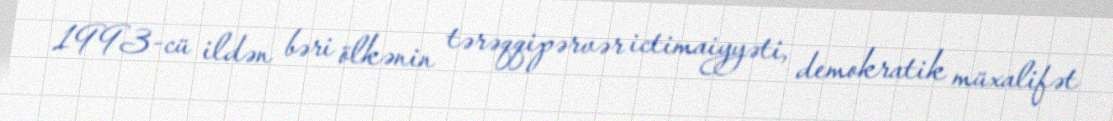
1993-cü ildən bəri ölkənin tərəqqipərvər ictimaiyyəti, demokratik müxalifət